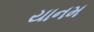
યાનમ